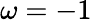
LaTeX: \omega=-1